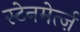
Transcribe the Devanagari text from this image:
स्टेनमेर्त्ज़